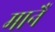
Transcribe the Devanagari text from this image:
मानैं